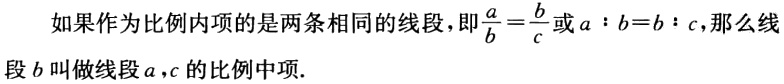
如果作为比例内项的是两条相同的线段，即$\frac{a}{b}=\frac{b}{c}$或$a:b = b:c$，那么线段$b$叫做线段$a,c$的比例中项.